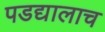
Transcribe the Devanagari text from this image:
पडद्यालाच